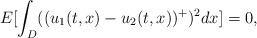
LaTeX: \begin{align*}E[\int_D((u_1(t,x)-u_2(t,x))^{+})^2dx]=0,\end{align*}